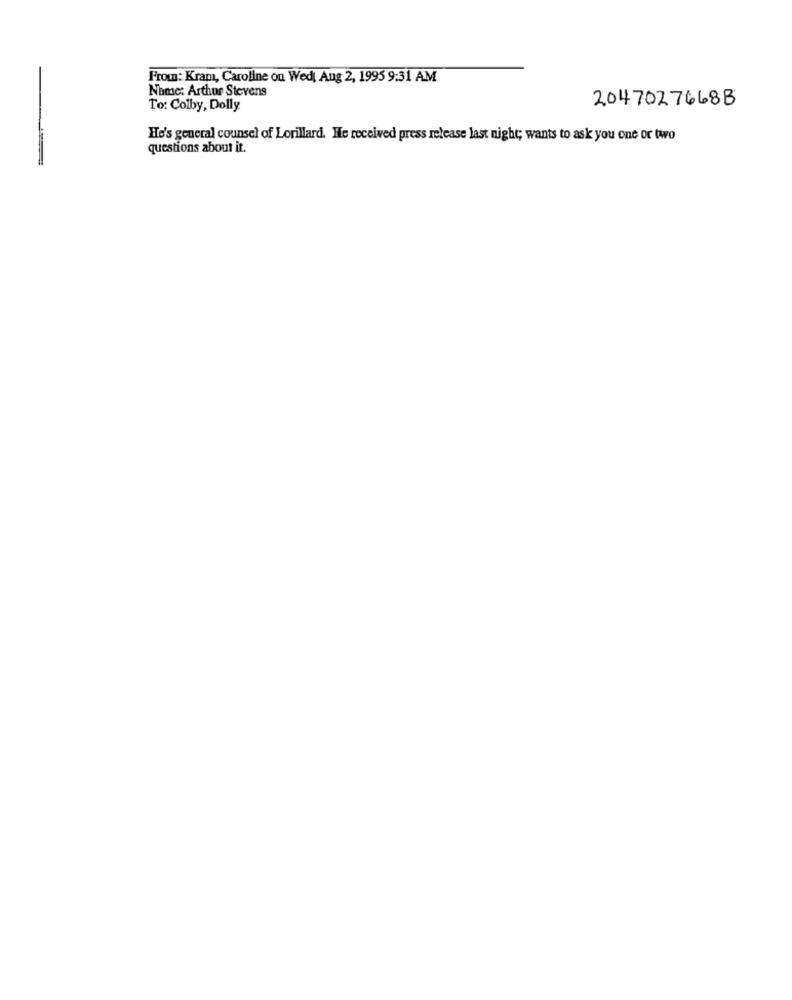
From: Kram, Caroline ou Wed Aug 2, 1995 9:31 AM
Name: Arthur Stevens
2047027668B
To: Colby, Dolly
He's general counsel of Lorillard. He received press release last night; wants to ask you one or two
questions about it.